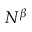
N ^ { \beta }